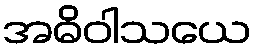
အဓိဝါသယေ